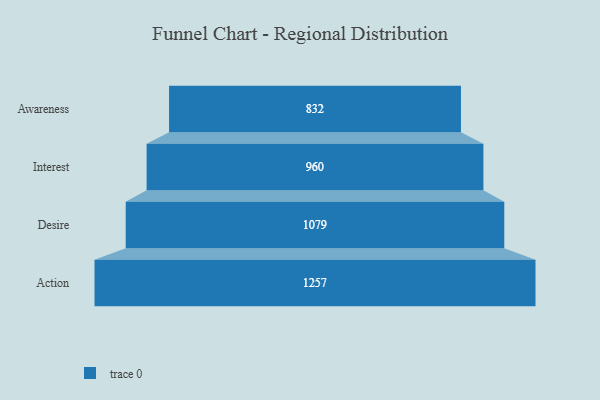
{"axis": {"x": "Stage", "y": "Value"}, "legend": [""], "data": [{"x": "Awareness", "y": 832.0, "type": ""}, {"x": "Interest", "y": 960.0, "type": ""}, {"x": "Desire", "y": 1079.0, "type": ""}, {"x": "Action", "y": 1257.0, "type": ""}]}